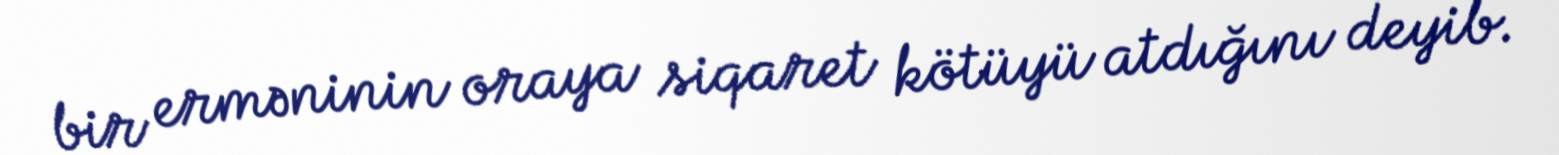
bir erməninin oraya siqaret kötüyü atdığını deyib.